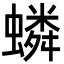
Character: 䗲